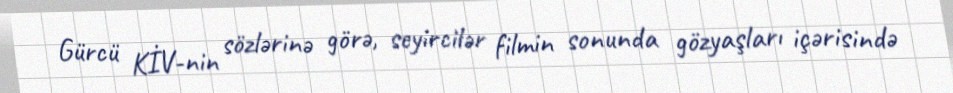
Gürcü KİV-nin sözlərinə görə, seyircilər filmin sonunda gözyaşları içərisində